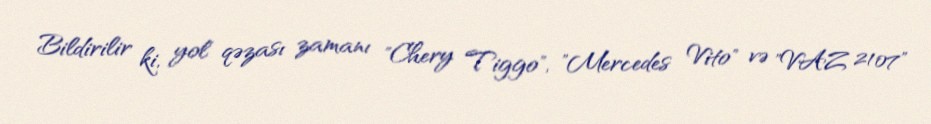
Bildirilir ki, yol qəzası zamanı "Chery Tiggo", "Mercedes Vito" və "VAZ 2107"